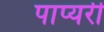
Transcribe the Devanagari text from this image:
पाप्यरी